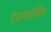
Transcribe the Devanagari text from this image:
टेराफोर्मिंग